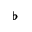
\flat